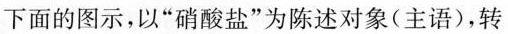
下面的图示，以”硝酸盐”为陈述对象(主语)，转